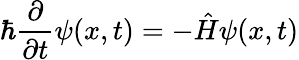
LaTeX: \hbar{\frac{\partial}{\partial t}}\psi(x,t)=-{\hat{H}}\psi(x,t)